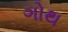
ગોથ